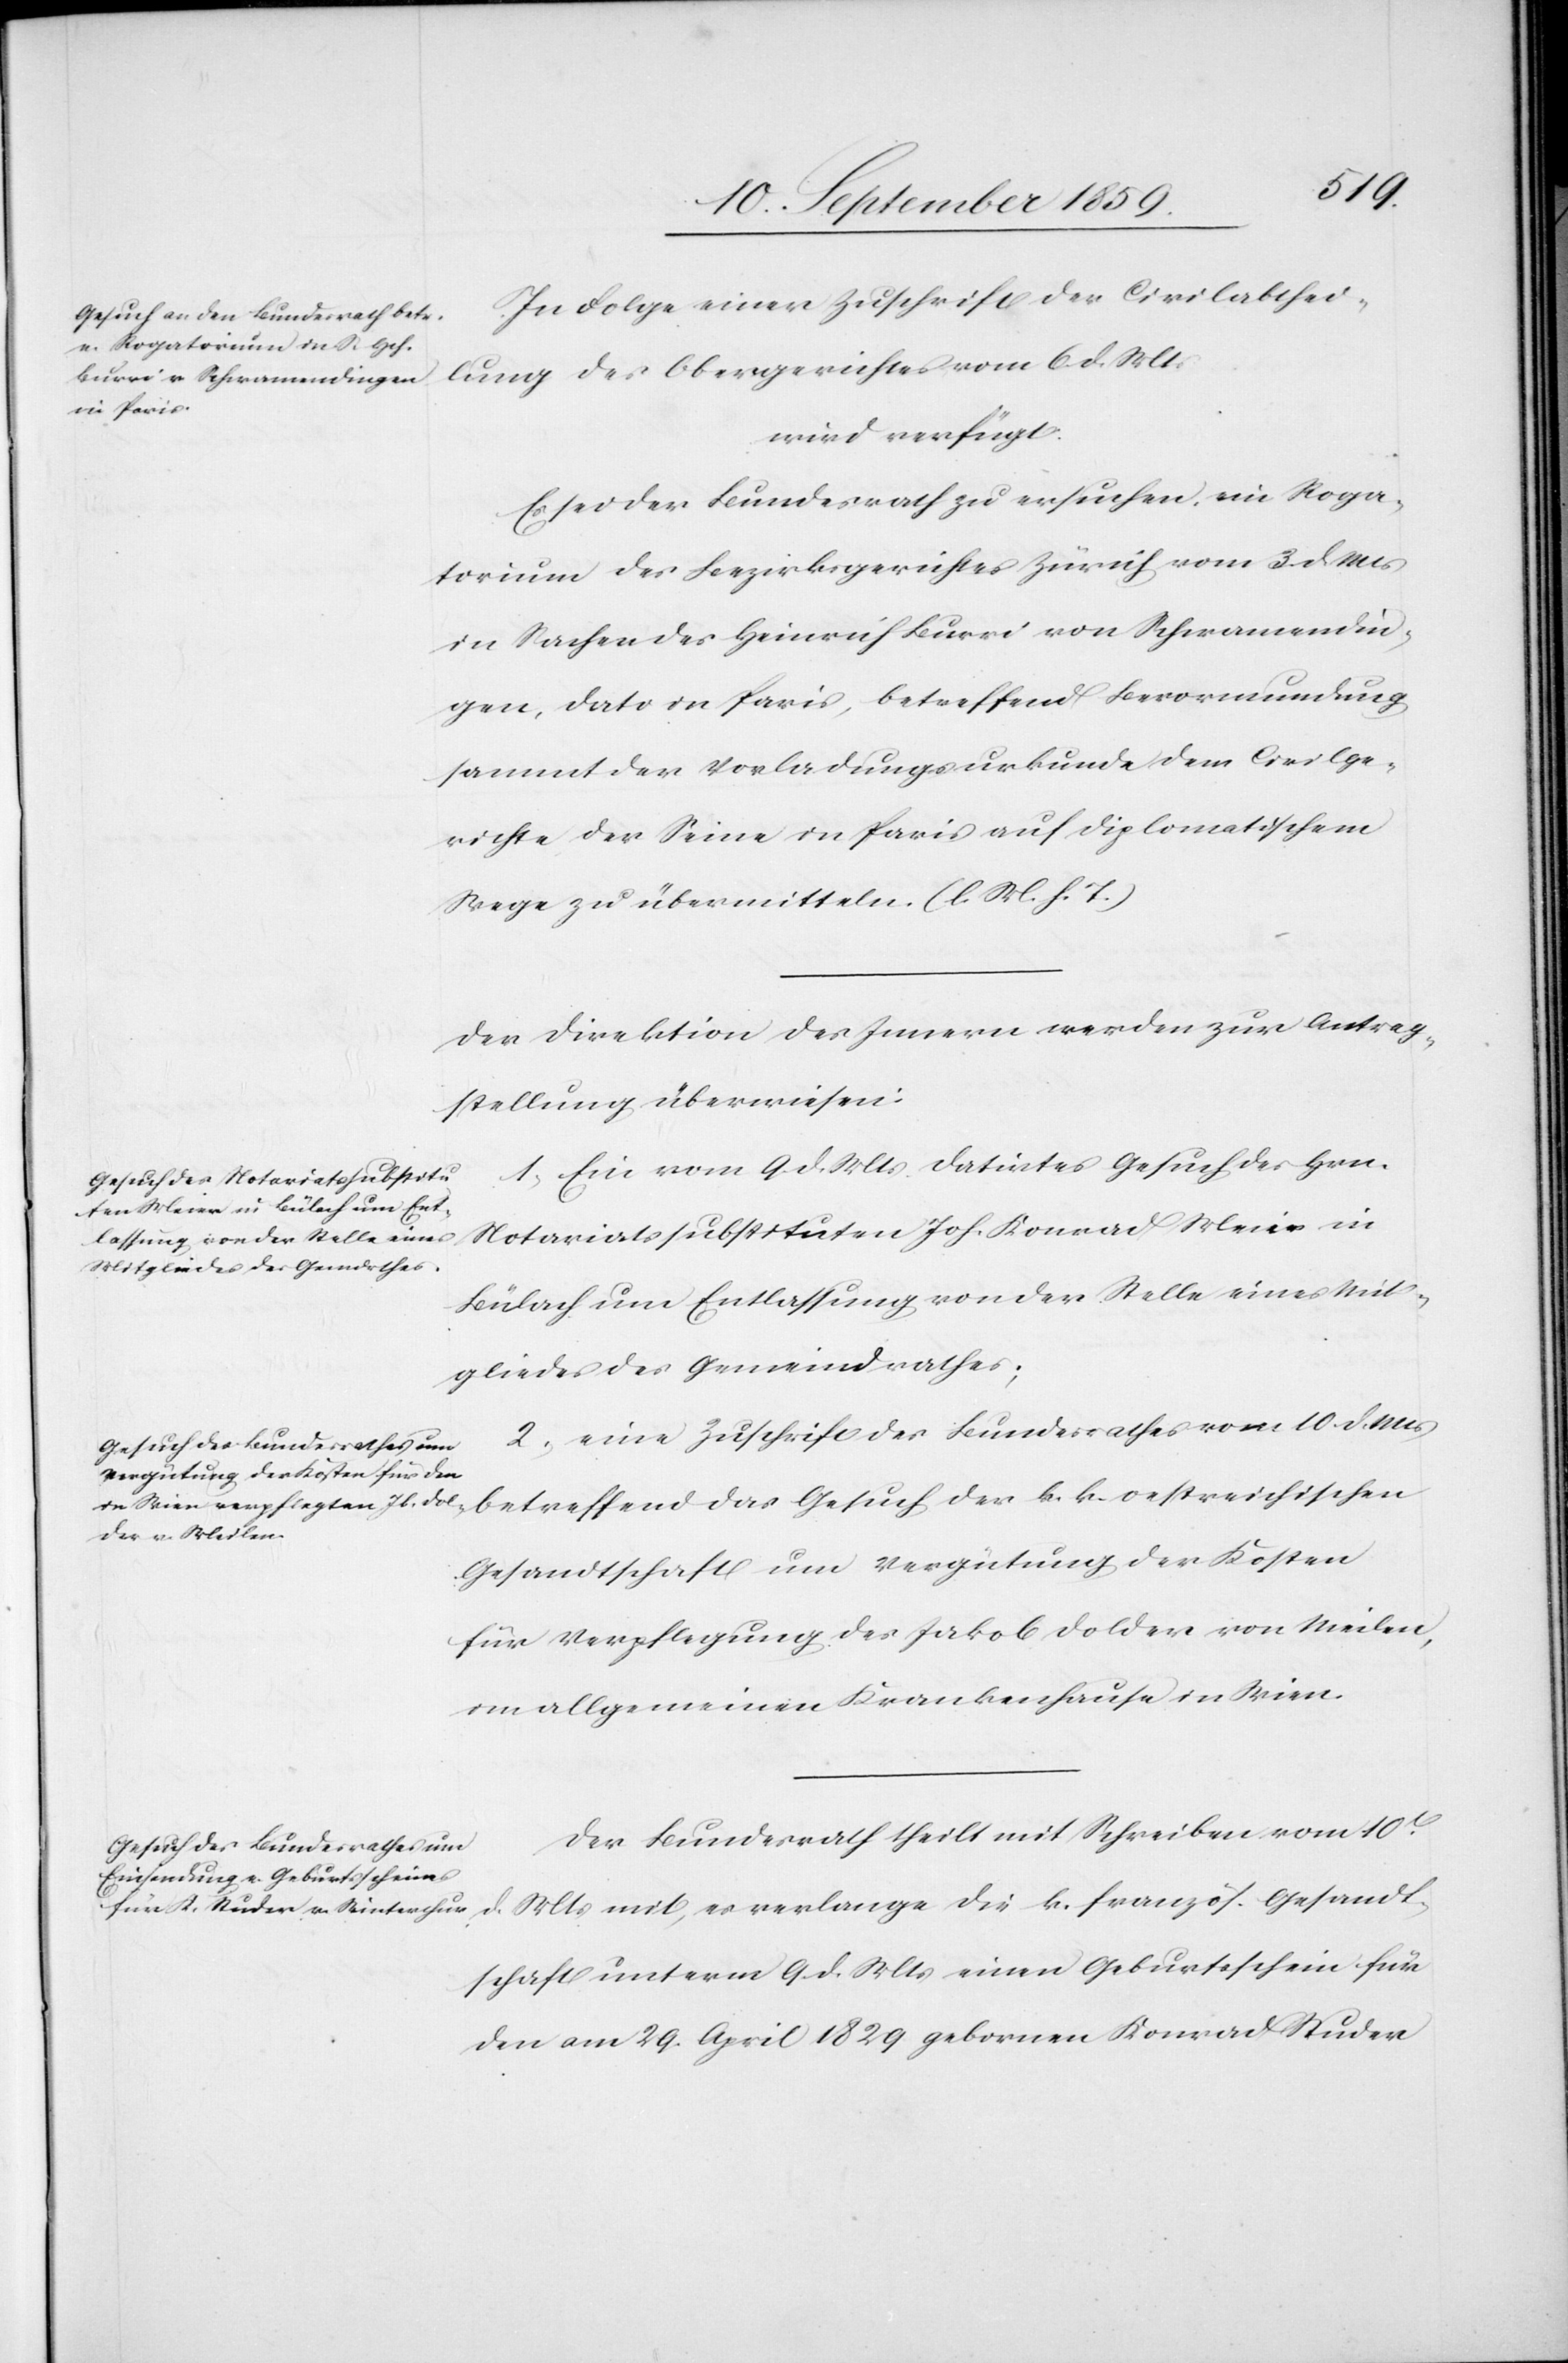
12t. September 1859.]
In Folge einer Zuschrift der Civilabthei¬
lung des Obergerichtes vom 6. d. Mts.
wird verfügt.
Es sei der Bundesrath zu ersuchen, ein Roga¬
torium des Bezirksgerichtes Zürich vom 3. d. Mts.
in Sachen des Heinrich Burri von Schwamendin¬
gen, dato in Paris, betreffend Bevormundung
sammt der Vorladungsurkunde dem Civilge¬
richte der Seine in Paris auf diplomatischem
Wege zu übermitteln. (l. M. h. T.)
Der Direktion des Innern werden zur Antrag¬
stellung überwiesen:
1. Ein vom 9. d. Mts. datirtes Gesuch des Hrn.
Notariatssubstituten Joh. Konrad Meier in
Bülach um Entlassung von der Stelle eines Mit¬
gliedes des Gemeindrathes;
2. eine Zuschrift des Bundesrathes vom 10. d. Mts.
betreffend das Gesuch der k. k. oestreichischen
Gesandtschaft um Vergütung der Kosten
für Verpflegung des Jakob Dolder von Meilen,
im allgemeinen Krankenhause in Wien.
Der Bundesrath theilt mit Schreiben vom 10t.
d. Mts. mit, es verlange die k. französ. Gesandt¬
schaft unterm 9. d. Mts. einen Geburtsschein für
den am 29. April 1829 gebornen Konrad Studer